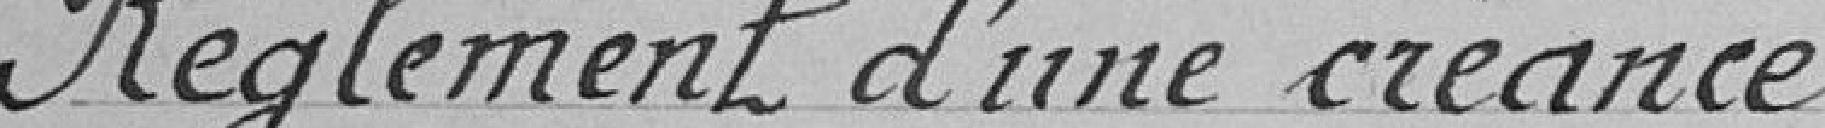
Règlement d'une créance